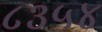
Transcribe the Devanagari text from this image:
८३५४